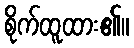
စိုက်ထူထား၏။